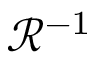
\mathcal { R } ^ { - 1 }